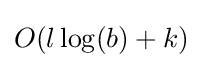
O(l\log(b)+k)